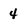
Character: 4